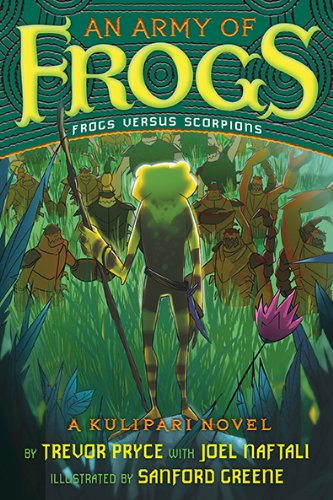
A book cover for An Army of Frogs: A Kulipari Novel; Trevor Pryce; Children's Books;